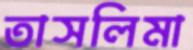
তাসলিমা